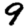
Digit: 9